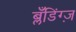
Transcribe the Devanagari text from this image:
ब्लँडिंग्ज़